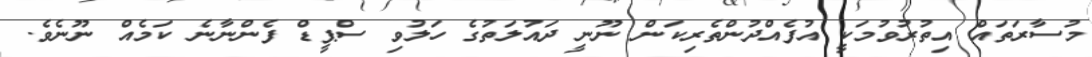
މުސާރަތައް އިތުރުވުމަކީ އުފެއްދުންތެރިކަން ނޫނީ ދައުލަތުުގެ ހަލުވި ސްޕީޑް ފެންނާނެ ކަމެއް ނޫނެވެ.